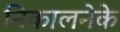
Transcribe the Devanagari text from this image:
निकालनेके